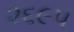
૨૬૯૫